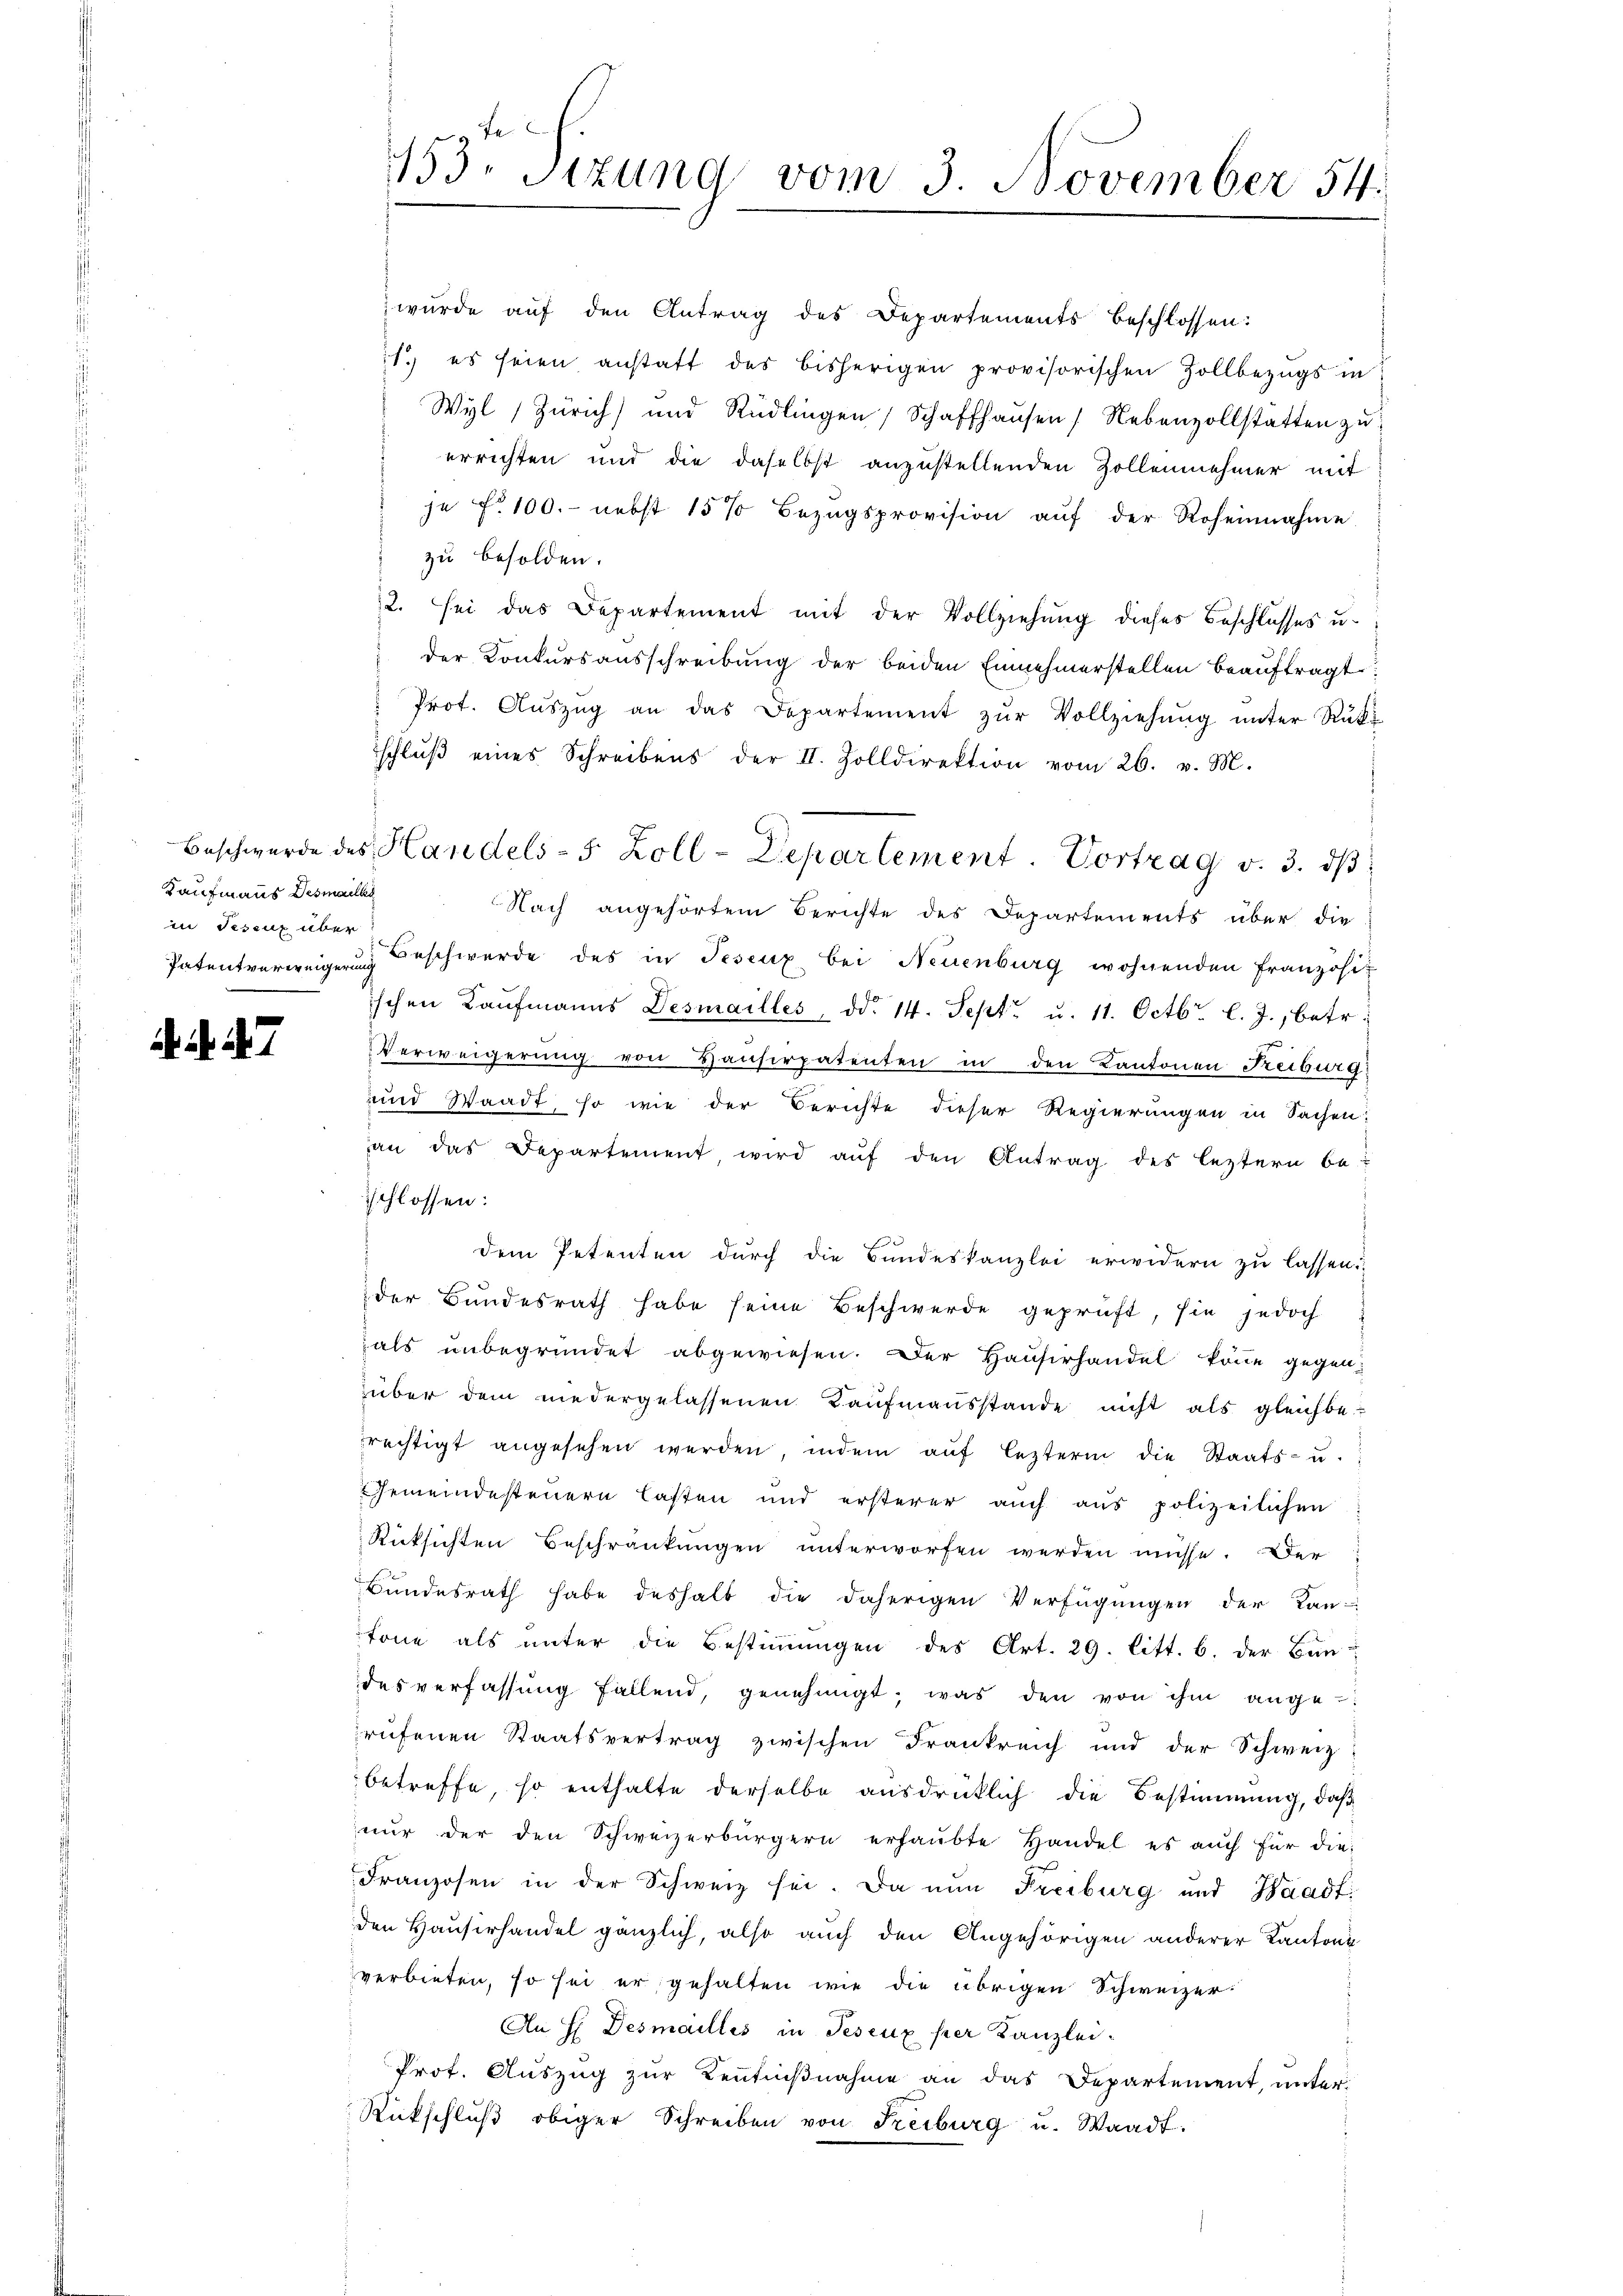
Kaufmanns Desmals
in Festux über

. 27

wŭrde aŭf den Antrag des Departements beschlossen:
1) es seien anstatt des bisherigen provisorischen Zollbezugs in
Wyl, Zürich) und Rüdlingen, Schaffhausen / Nebenvollstätten zu
errichten und die daselbst anzustellenden Zollennehmer mit
je f. 100. nebst 15% Bezŭgsprovision aŭf der Roheinnahme
zu besolden.
2. sei das Departement mit der Vollziehŭng dieses Beschlŭsses u.
der Konkursausschreibung der beiden Einnehmerstellen beauftragt
Prot. Aŭszŭg an das Departement zŭr Vollziehŭng ŭnter Rŭki
schlŭβ eines Schreibens der II. Zolldirektion vom 26. v. M.
Nach angehörtem Berichte des Departements über die
Patentverweigerung Beschwerde des in Tesenz bei Neuenburg wohnenden Franzosit
ischen Kaŭfmanns Desmailles, dd. 14. Sept. u. 11. Octbr. l. J., betr.
Verweigerung von Hauserpatenten in den Kantonen Reiburg
und Waadt, so wie der Berichte dieser Regierungen in Sachen:
an das Departement wird auf den Antrag des leztern be-
sschlossen:
dem Petenten durch die Bundeskanzlei erwidern zu lassen.
der Bundesrath habe seine Beschwerde geprüft, sie jedoch
als unbegründet abgewiesen. Der Hauserhandel könne gegenüber dem niedergelassenen Kaŭfmaṅsstande nicht als gleichbe-
rechtigt angesehen werden, indem auf lezterm die Staats- u.
Gemeindesteuern lasten und ersterer auch aus polizeilichen
Rücksichten Beschränkungen unterworfen werden müsse. Der
Bundesrath habe deshalb die daherigen Verfügungen der Kan-
tone als unter die Bestiṁŭngen des Art. 29. litt. b. der Bau-
desverfassŭng fallend, genehmigt, was den von ihm ange-
rufenen Staatsvertrag zwischen Frankreich und der Schweiz
betreffe, so enthalte derselbe ausdrücklich die Bestimmung, daß
nŭr der den Schweizerbürgern erhaŭbte Handel es aŭch für die
Franzosen in der Schweiz sei. Da nun Freiburg und Waadt:
den Hausirhandel gänzlich, also auch den Angehörigen anderer Kantons
verbieten, so sei er gehalten wie die übrigen Schweizer¬
An H Desmailles in Peseux per Kanzlei-
Prot. Auszug zur Kenntnißnahme an das Departement, unter¬
Rückschlŭβ obiger Schreiben von Freiburg u. Waadt.

be
153. Sitzung vom 3. November 54.

Beschwerde des Handels- 5 Zoll-Departement. Vortrag v. 3. dβ